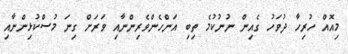
މިއޮއް ހުރިހާ ދުވަހު ގެއިން ނުނުކުމެ ތިބި އަންހެންވެރިންނާއި ވަރަށް ގިނަ މުސްކުޅިންނާއި